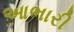
આભારી